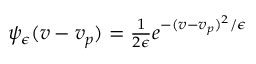
\begin{array} { r } { \psi _ { \epsilon } ( v - v _ { p } ) = \frac { 1 } { 2 \epsilon } e ^ { - ( v - v _ { p } ) ^ { 2 } / \epsilon } } \end{array}